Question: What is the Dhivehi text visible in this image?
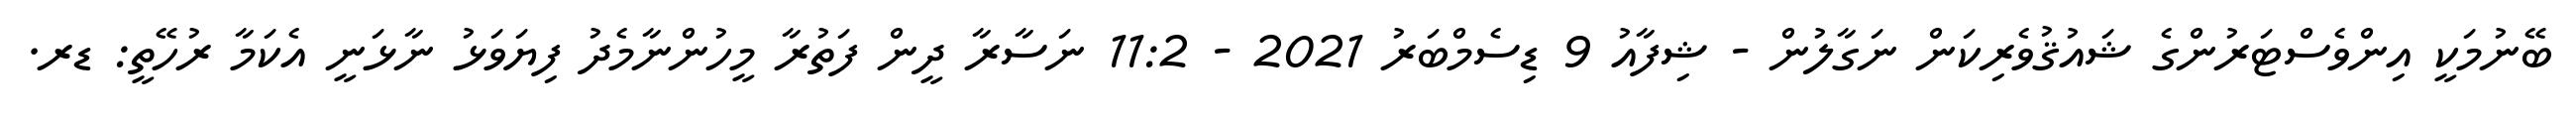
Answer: ބޭނުމަކީ އިންވެސްޓަރުންގެ ޝައުޤުވެރިކަން ނަގާލުން - ޝިފާއު 9 ޑިސެމްބަރު 2021 - 11:2 ނަސާރާ ދީން ފަތުރާ މީހުންނާމެދު ފިޔަވަޅު ނާޅަނީ އެކަމާ ރުހޭތީ: ޑރ.